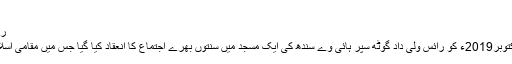
(رپورٹ،محمد خالد عطاری،نگرانِ کابینہ )
رائس ولی داد گوٹھ سپر ہائی وے میں سنتوں بھرا اجتماع
دعوتِ اسلامی کی مجلس اطراف گاؤں کے تحت 18 اکتوبر2019ء کو رائس ولی داد گوٹھ سپر ہائی وے سندھ کی ایک مسجد میں سنّتوں بھرے اجتماع کا انعقاد کیا گیا جس میں مقامی اسلامی بھائیوں سمیت دیگر عاشقانِ رسول نے شرکت کی۔